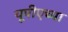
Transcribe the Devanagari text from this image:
यूपीएच्या